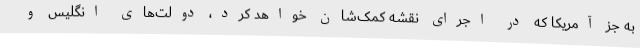
به جز آمریکا که در اجرای نقشه کمک‌شان خواهد کرد، دولت‌های انگلیس و